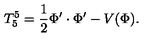
T _ { 5 } ^ { 5 } = { \frac { 1 } { 2 } } \Phi ^ { \prime } \cdot \Phi ^ { \prime } - V ( \Phi ) .